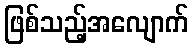
ဖြစ်သည့်အလျောက်